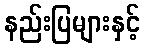
နည်းပြများနှင့်